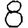
Digit: 8